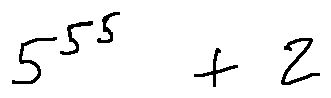
5 ^ { 5 ^ { 5 } } + 2